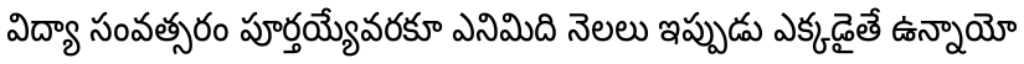
విద్యా సంవత్సరం పూర్తయ్యేవరకూ ఎనిమిది నెలలు ఇప్పుడు ఎక్కడైతే ఉన్నాయో